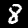
Digit: 8